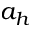
a _ { h }